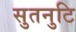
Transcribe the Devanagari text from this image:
सुतनुटि